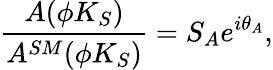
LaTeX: \frac{A(\phi K_{S})}{A^{SM}(\phi K_{S})}=S_{A}e^{i\theta_{A}},